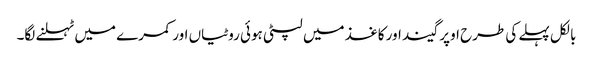
بالکل پہلے کی طرح اوپر گیند اور کاغذ میں لپٹی ہوئی روٹیاں اور کمرے میں ٹہلنے لگا۔